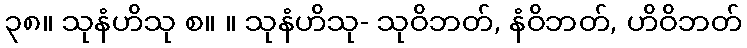
၃၈။ သုနံဟိသု စ။ ။ သုနံဟိသု- သုဝိဘတ်, နံဝိဘတ်, ဟိဝိဘတ်